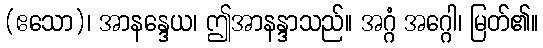
(ဧသော)၊ အာနန္ဒေယ၊ ဤအာနန္ဒာသည်။ အဂ္ဂံ အဂ္ဂေါ၊ မြတ်၏။